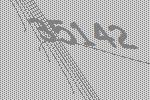
35142